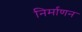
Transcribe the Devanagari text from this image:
निर्माणन